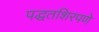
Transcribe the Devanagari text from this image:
पद्धतशिरपणे